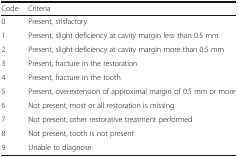
<table><thead><tr><td><b>Code</b></td><td><b>Criteria</b></td></tr></thead><tbody><tr><td>0</td><td>Present, stisfactory</td></tr><tr><td>1</td><td>Present, slight deficiency at cavity margin less than 0.5 mm</td></tr><tr><td>2</td><td>Present, slight deficiency at cavity margin more than 0.5 mm</td></tr><tr><td>3</td><td>Present, fracture in the restoration</td></tr><tr><td>4</td><td>Present, fracture in the tooth</td></tr><tr><td>5</td><td>Present, overextension of approximal margin of 0.5 mm or more</td></tr><tr><td>6</td><td>Not present, most or all restoration is missing</td></tr><tr><td>7</td><td>Not present, other restorative treatment performed</td></tr><tr><td>8</td><td>Not present, tooth is not present</td></tr><tr><td>9</td><td>Unable to diagnose</td></tr></tbody></table>